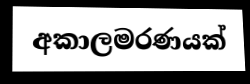
අකාලමරණයක්